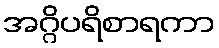
အဂ္ဂိပရိစာရကာ